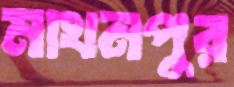
মাখনপুর